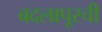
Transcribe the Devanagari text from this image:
बदलापूरची